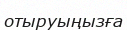
отыруыңызға